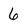
Character: 6